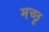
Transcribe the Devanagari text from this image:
मच्‍छू